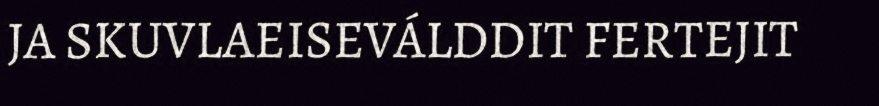
JA SKUVLAEISEVÁLDDIT FERTEJIT